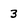
Character: 3